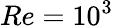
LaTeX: Re=10^{3}